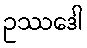
ဥဿဒေါ